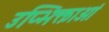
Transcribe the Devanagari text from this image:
उप्भिक्ताओं